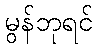
မွန်ဘုရင်